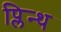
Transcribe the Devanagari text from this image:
प्लिन्थ